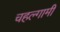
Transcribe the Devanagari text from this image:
चहल्गामी